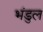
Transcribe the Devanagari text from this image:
भंडुल